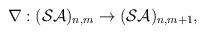
LaTeX: \begin{align*}\nabla :({\cal SA})_{n,m}\rightarrow ({\cal SA})_{n,m+1},\end{align*}